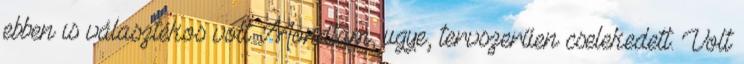
ebben is választékos volt. Mondtam, ugye, tervszerűen cselekedett. Volt